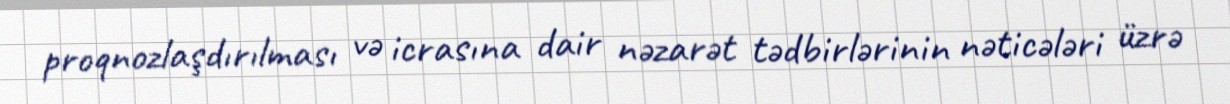
proqnozlaşdırılması və icrasına dair nəzarət tədbirlərinin nəticələri üzrə